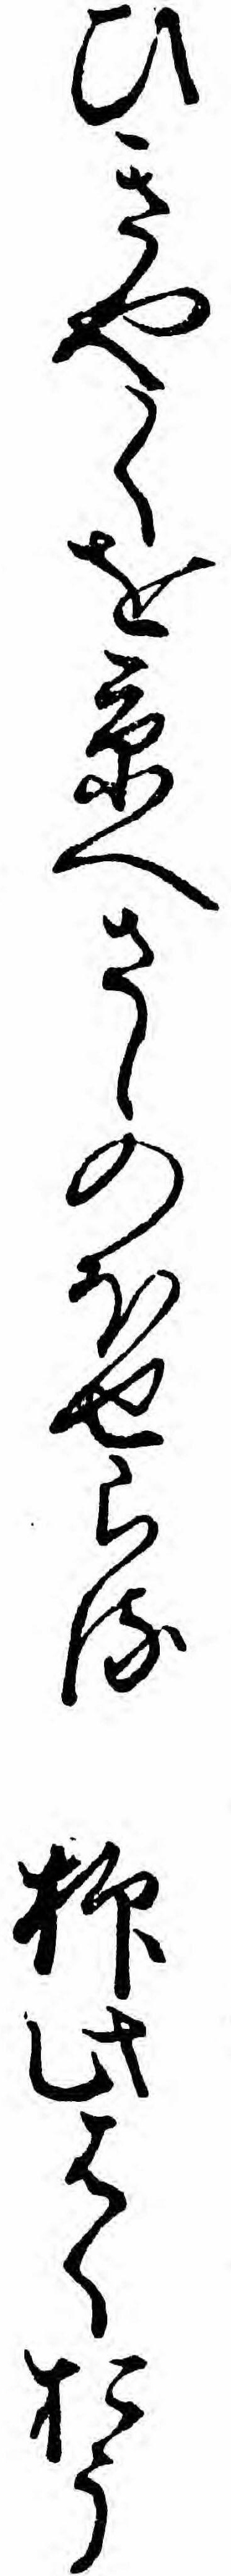
ひきやくを京へさしのほせらる抑此はくおう